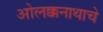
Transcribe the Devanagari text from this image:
ओलक्कनाथाचे